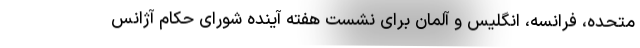
متحده، فرانسه، انگلیس و آلمان برای نشست هفته آینده شورای حکام آژانس